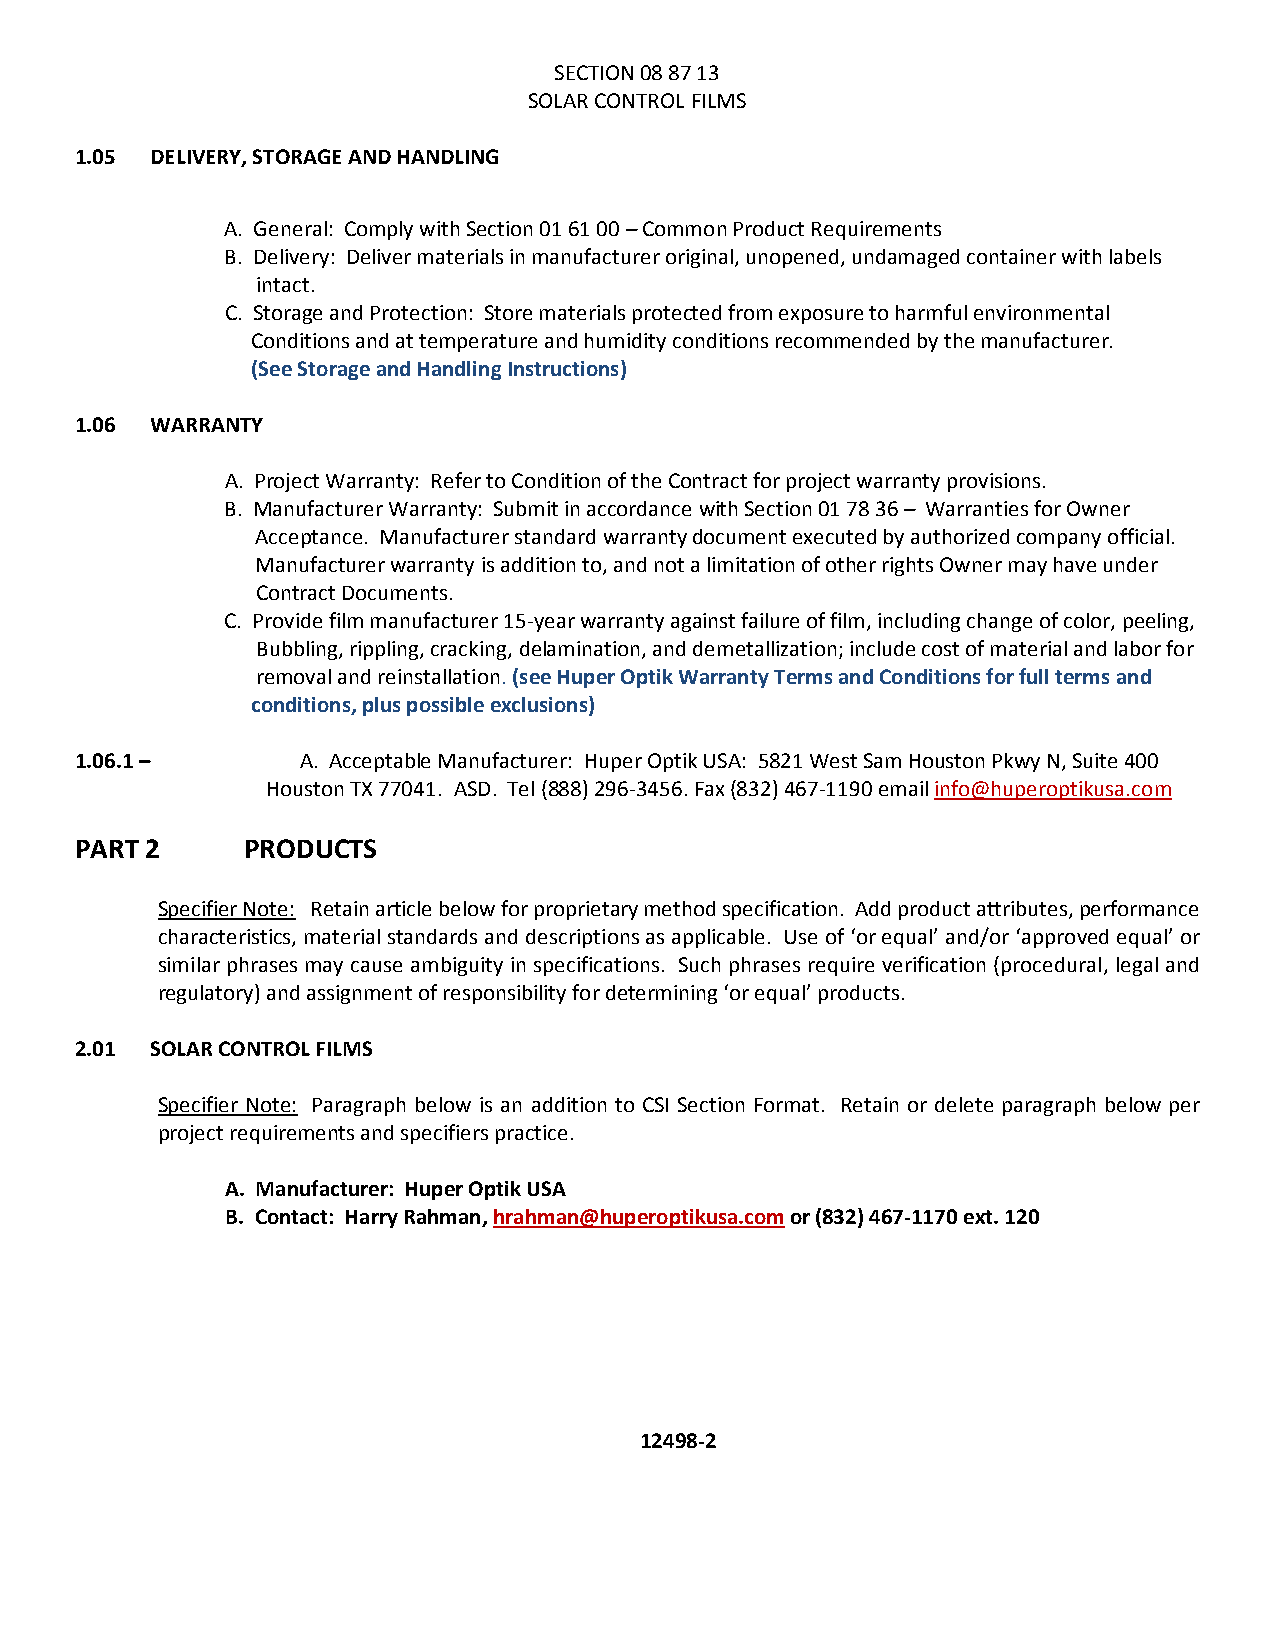
SECTION 08 87 13
 SOLAR CONTROL FILMS
 1.05 DELIVERY, STORAGE AND HANDLING
 A. General: Comply with Section 01 61 00 – Common Product Requirements
 B. Delivery: Deliver materials in manufacturer original, unopened, undamaged container with labels
 intact.
 C. Storage and Protection: Store materials protected from exposure to harmful environmental
 Conditions and at temperature and humidity conditions recommended by the manufacturer.
 (See Storage and Handling Instructions)
 1.06 WARRANTY
 A. Project Warranty: Refer to Condition of the Contract for project warranty provisions.
 B. Manufacturer Warranty: Submit in accordance with Section 01 78 36 – Warranties for Owner
 Acceptance. Manufacturer standard warranty document executed by authorized company official.
 Manufacturer warranty is addition to, and not a limitation of other rights Owner may have under
 Contract Documents.
 C. Provide film manufacturer 15-year warranty against failure of film, including change of color, peeling,
 Bubbling, rippling, cracking, delamination, and demetallization; include cost of material and labor for
 removal and reinstallation. (see Huper Optik Warranty Terms and Conditions for full terms and
 conditions, plus possible exclusions)
 1.06.1 –       A. Acceptable Manufacturer: Huper Optik USA: 5821 West Sam Houston Pkwy N, Suite 400
 Houston TX 77041. ASD. Tel (888) 296-3456. Fax (832) 467-1190 email info@huperoptikusa.com
 PART 2     PRODUCTS
 Specifier Note: Retain article below for proprietary method specification. Add product attributes, performance
 characteristics, material standards and descriptions as applicable. Use of ‘or equal’ and/or ‘approved equal’ or
 similar phrases may cause ambiguity in specifications. Such phrases require verification (procedural, legal and
 regulatory) and assignment of responsibility for determining ‘or equal’ products.
 2.01 SOLAR CONTROL FILMS
 Specifier Note: Paragraph below is an addition to CSI Section Format. Retain or delete paragraph below per
 project requirements and specifiers practice.
 A. Manufacturer: Huper Optik USA
 B. Contact: Harry Rahman, hrahman@huperoptikusa.com or (832) 467-1170 ext. 120
 12498-2